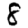
Digit: 8